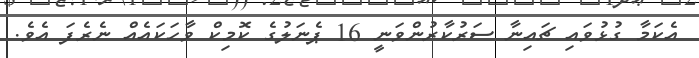
އެކަމާ ގުޅުވައި ޗައިނާ ސަރުކާރުންވަނީ 16 ޕެނަލުގެ ކޮމިކް ވާހަކައެއް ނެރެފަ އެވެ.